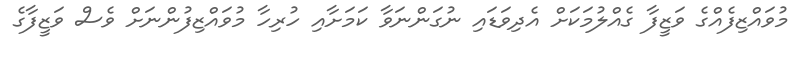
މުވައްޒިފެއްގެ ވަޒީފާ ގެއްލުމަކަށް އެދިވަޑައި ނުގަންނަވާ ކަމަށާއި ހުރިހާ މުވައްޒިފުންނަށް ވެސް ވަޒީފާގެ